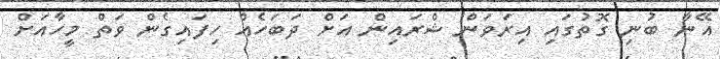
އޭނާ ބުނި ގޮތުގައި އިރަވަން ޝްރައިން އަށް ދަބަހެއް ހިފައިގެން ވަތް މީހާއަށް